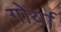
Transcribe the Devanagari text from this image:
गोर्या